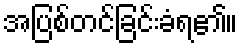
အပြစ်တင်ခြင်းခံရ၏။